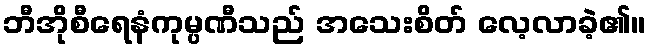
ဘီအိုစီရေနံကုမ္ပဏီသည် အသေးစိတ် လေ့လာခဲ့၏။